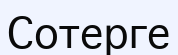
Сотерге